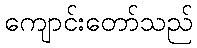
ကျောင်းတော်သည်